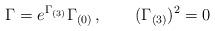
LaTeX: \begin{align*}\Gamma= e^{ \Gamma_{(3)}}\Gamma_{(0)}\, , \qquad (\Gamma_{(3)})^2=0\end{align*}